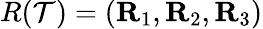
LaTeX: R(\mathcal{T})=({\mathbf{R}}_{1},{\mathbf{R}}_{2},{\mathbf{R}}_{3})